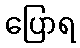
ပြောရ